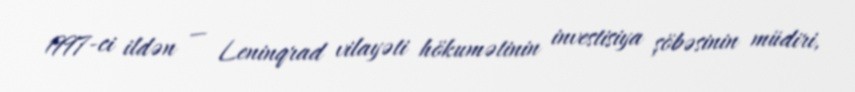
1997-ci ildən — Leninqrad vilayəti hökumətinin investisiya şöbəsinin müdiri,